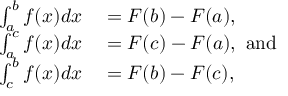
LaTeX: \begin{array} { r l } { \int _ { a } ^ { b } f ( x ) d x } & { { } = F ( b ) - F ( a ) , } \\ { \int _ { a } ^ { c } f ( x ) d x } & { { } = F ( c ) - F ( a ) , { \mathrm { ~ a n d ~ } } } \\ { \int _ { c } ^ { b } f ( x ) d x } & { { } = F ( b ) - F ( c ) , } \end{array}